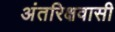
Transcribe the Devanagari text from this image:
अंतरिक्षवासी